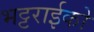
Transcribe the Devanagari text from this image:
भट्टराईको